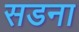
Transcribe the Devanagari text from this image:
सडना